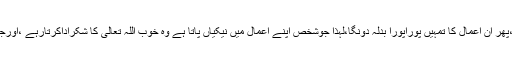
تمہارے اعمال ہی ہیں جنہیں میں تمہارے لئے شمار کررہا ہوں،پھر ان اعمال کا تمہیں پوراپورا بدلہ دونگا،لہذا جوشخص اپنے اعمال میں نیکیاں پاتا ہے وہ خوب اللہ تعالیٰ کا شکراداکرتارہے ،اورجوشخص برائیاں پاتاہے وہ صرف اپنے آپ کو ملامت کرتارہے۔